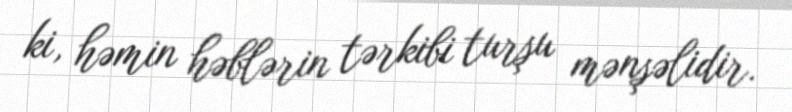
ki, həmin həblərin tərkibi turşu mənşəlidir.